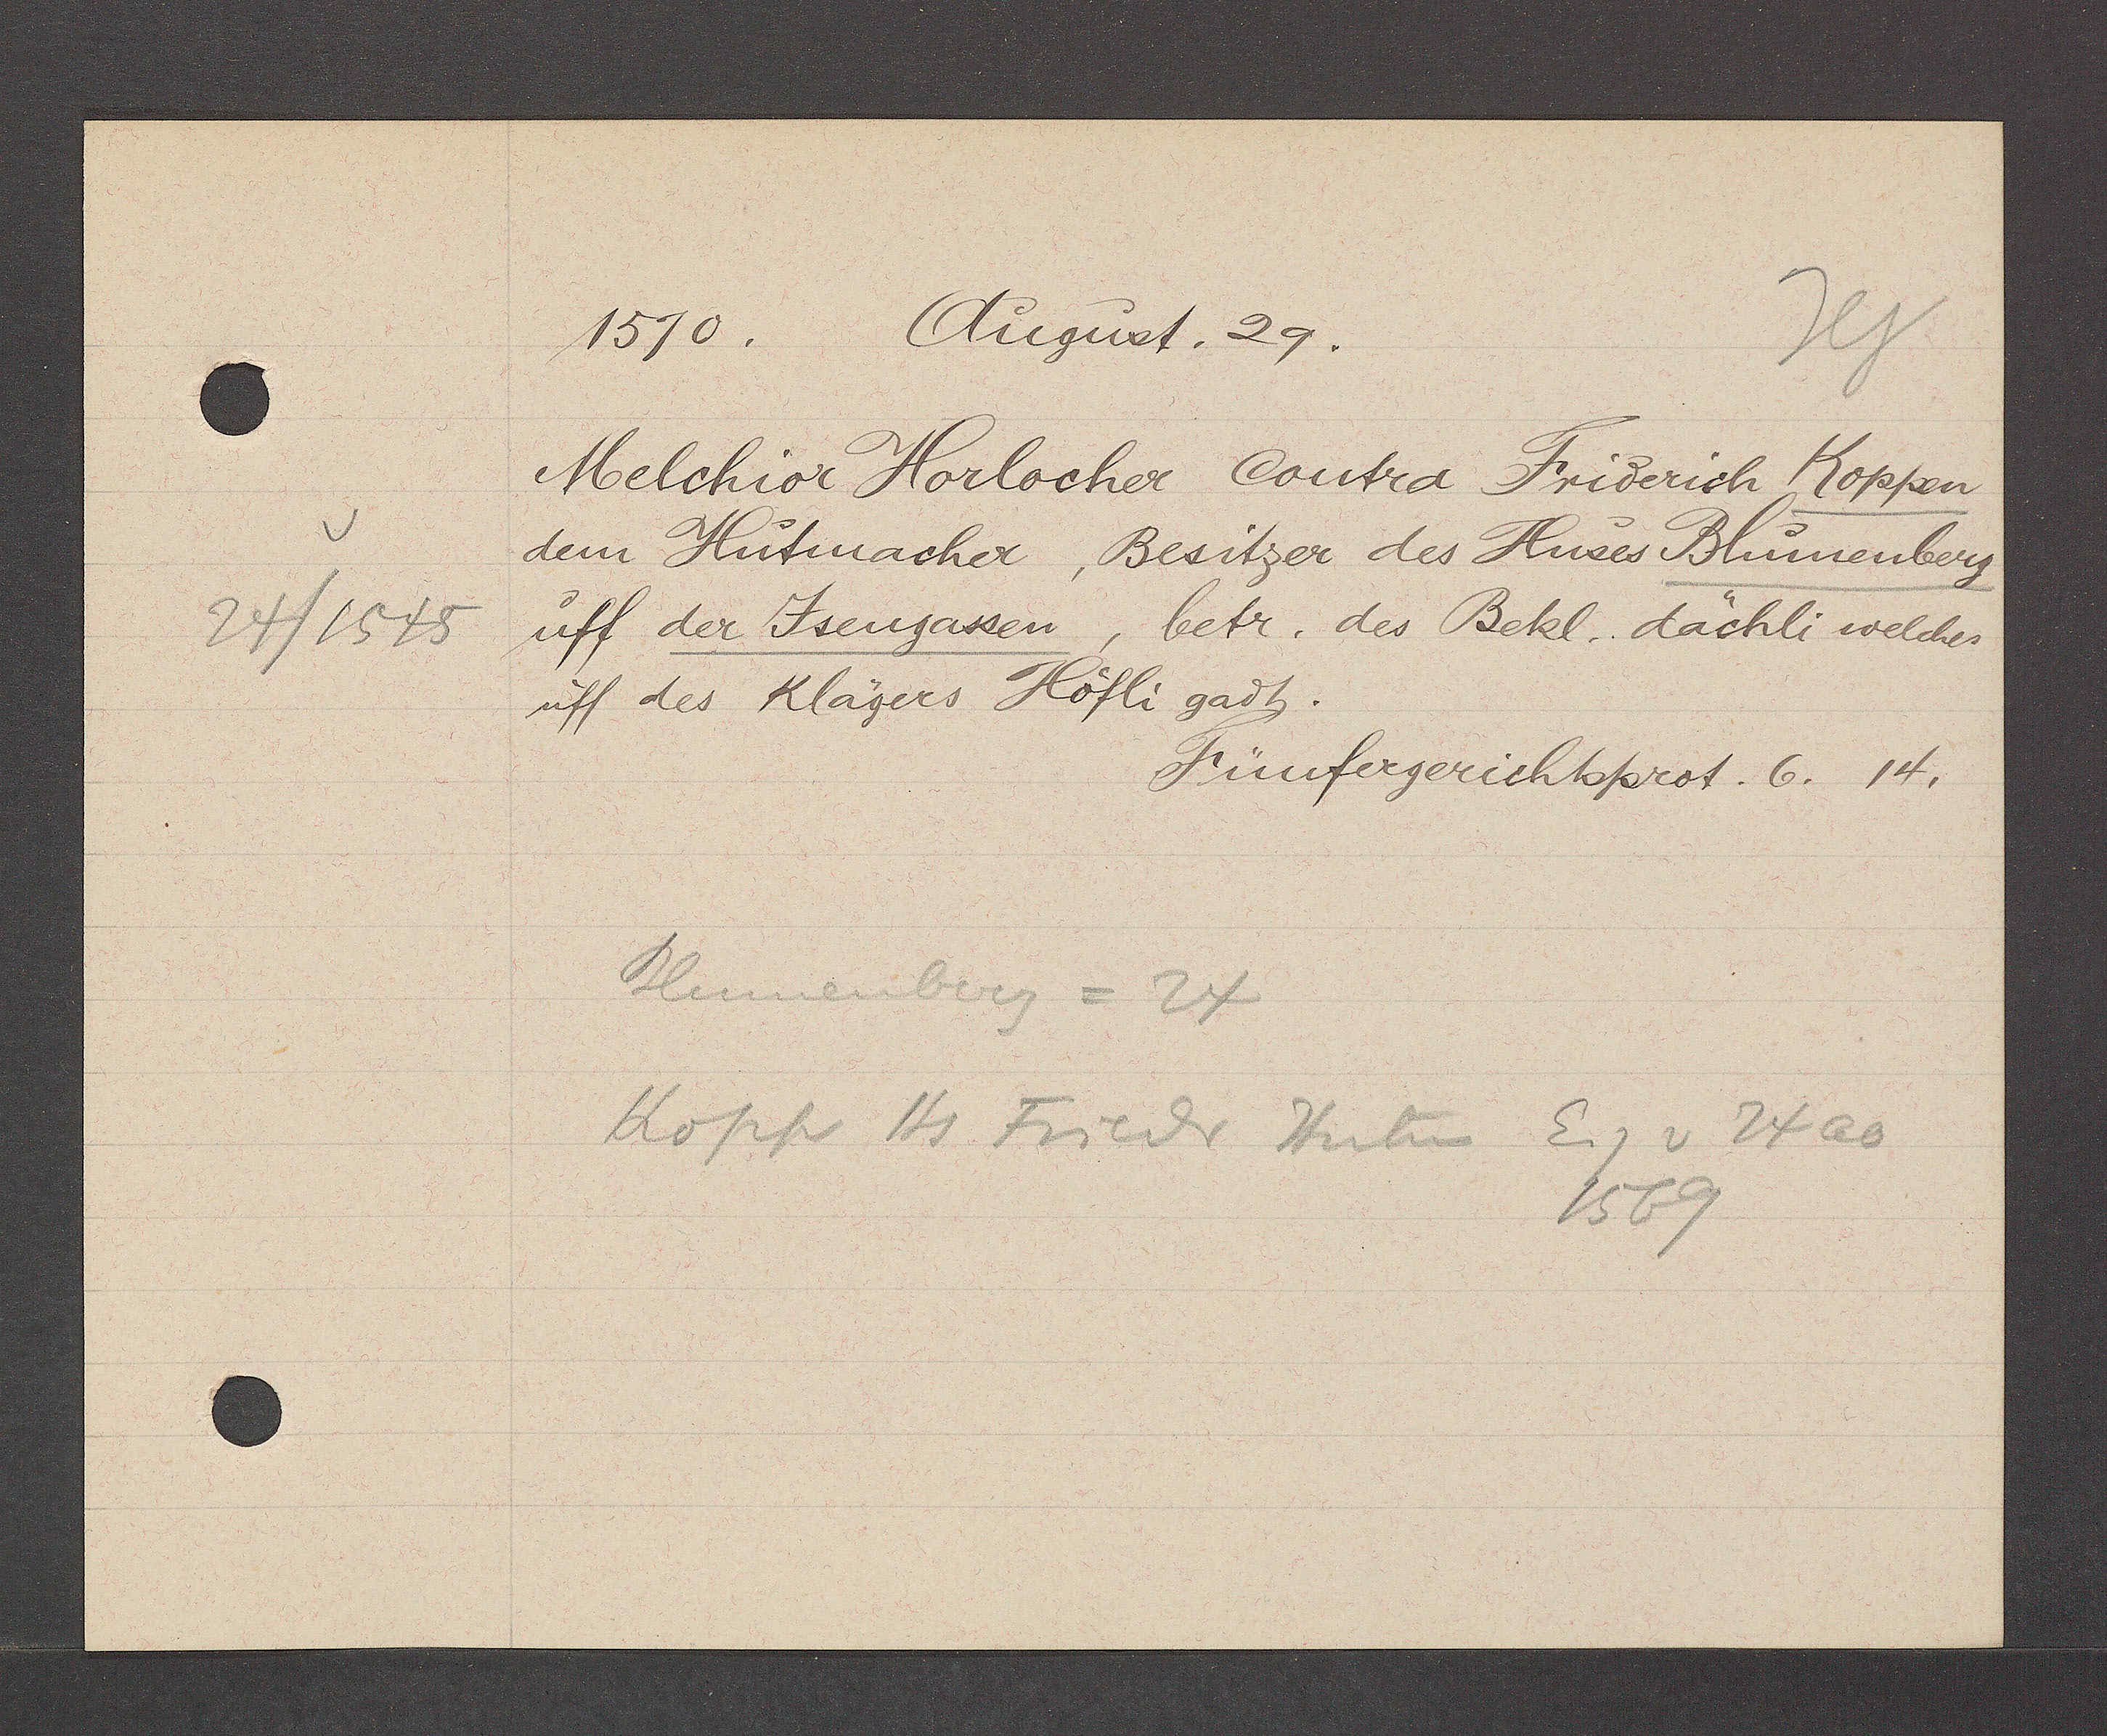
Transcript:
24/1545

1570. August. 29.
Melchior Horlocher Contra Friderich Koppen
dem Hutmacher, Besitzer des Huses Blumenberg
uff der Jsengassen, betr. des Bekl. dächli welches
uff des klägers Höfli gadt.
Fünfergerichtsprot. 6. 14.
Blumenberg= 24
kopp Hs. Friedr Hutm Eig v 24 ao
1569